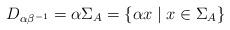
LaTeX: \begin{align*}D_{\alpha\beta^{-1}} = \alpha\Sigma_A = \{\alpha x\mid x\in \Sigma_A\}\end{align*}